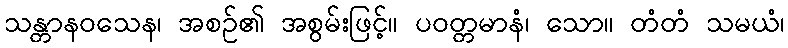
သန္တာနဝသေန၊ အစဉ်၏ အစွမ်းဖြင့်။ ပဝတ္တမာနံ၊ သော။ တံတံ သမယံ၊